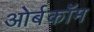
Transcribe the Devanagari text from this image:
ओर्बकॉम